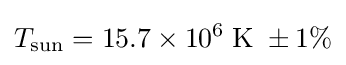
T_{\text{sun}}=15.7\times 10^{6}\;{\text{K}}\;\pm 1\%